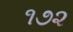
૧૭૨